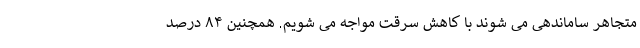
متجاهر ساماندهی می شوند با کاهش سرقت مواجه می شویم. همچنین ۸۴ درصد